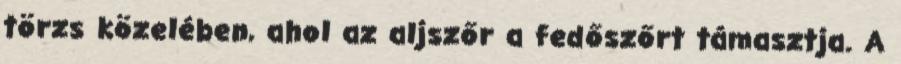
törzs közelében, ahol az aljszőr a fedőszőrt támasztja. A